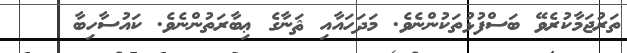
ތަރުޖަމާކުރެވޭ ބަސްފުޅުތަކުންނެވެ. މަދަހައާއި ޘަނާގެ ޢިބާރަތުންނެވެ. ކައުސާހިބާ